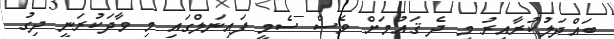
ބައްދަލުކުރާއިރު މި ދެ ޤައުމަށް ވެސް ސެމީ ފައިނަލްގައި މި ވާދަކުރަނީ ދިގު